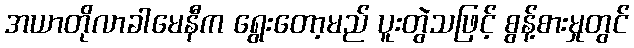
အယာတိုလာခါမေနီက ရွေးတော့မည် ပူးတွဲသဖြင့် စွန့်စားမှုတွင်